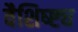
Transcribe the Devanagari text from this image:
वैशिष्ष्ट्य